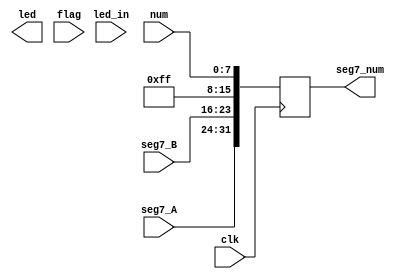
module outputs(led_in,seg7_A,seg7_B,seg7_num,clk,num,led,flag);
	input clk;
	input [7:0]num;
	input [7:0]seg7_A;
	input [7:0]seg7_B;
	input [9:0]led_in;
	input [31:0] flag;
	output reg [31:0] seg7_num;
	output reg [9:0]led;
	always@(posedge clk) 
	begin
		seg7_num<=flag;
		seg7_num[31:24]<=seg7_A;
		seg7_num[23:16]<=seg7_B;
		seg7_num[15:8]<=8'b11111111;
		seg7_num[7:0]<=num;
	end
endmodule